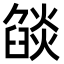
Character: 燄